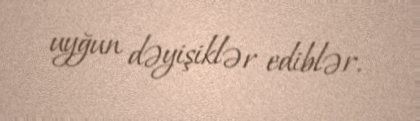
uyğun dəyişiklər ediblər.